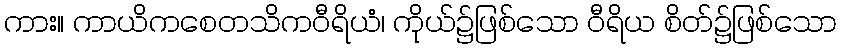
ကား။ ကာယိကစေတသိကဝီရိယံ၊ ကိုယ်၌ဖြစ်သော ဝီရိယ စိတ်၌ဖြစ်သော